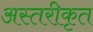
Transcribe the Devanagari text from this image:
अस्तरीकृत